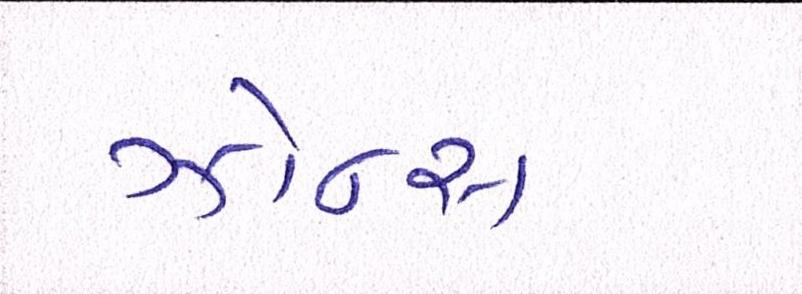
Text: ઝોન્સ